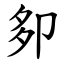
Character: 卶